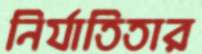
নির্যাতিতার